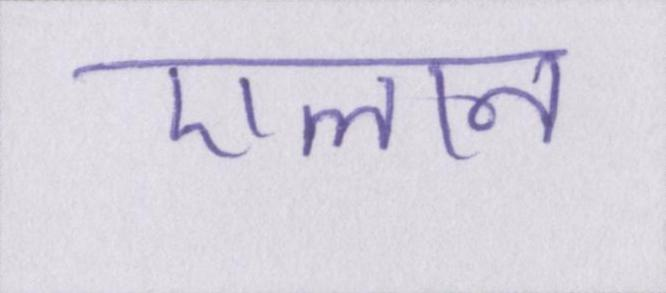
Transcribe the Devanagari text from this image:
एलान